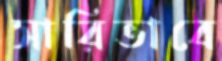
সারিভাবে